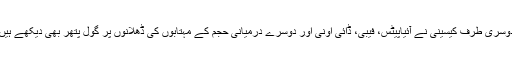
دوسری طرف کیسینی نے آئیاپیٹس، فیبی، ڈائی اونی اور دوسرے درمیانی حجم کے مہتابوں کی ڈھلانوں پر گول پتھر بھی دیکھے ہیں۔